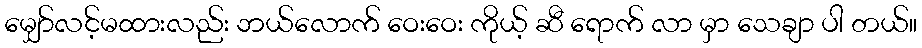
မျှော်လင့်မထားလည်း ဘယ်လောက် ဝေးဝေး ကိုယ့် ဆီ ရောက် လာ မှာ သေချာ ပါ တယ်။